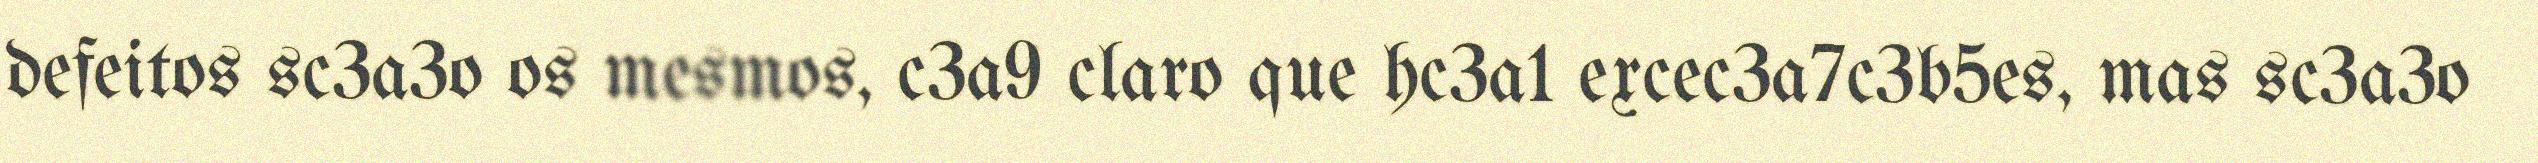
defeitos sc3a3o os mesmos, c3a9 claro que hc3a1 excec3a7c3b5es, mas sc3a3o